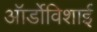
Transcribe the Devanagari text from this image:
ऑर्डोविशाई